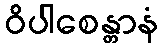
ဝိပါစေန္တာနံ